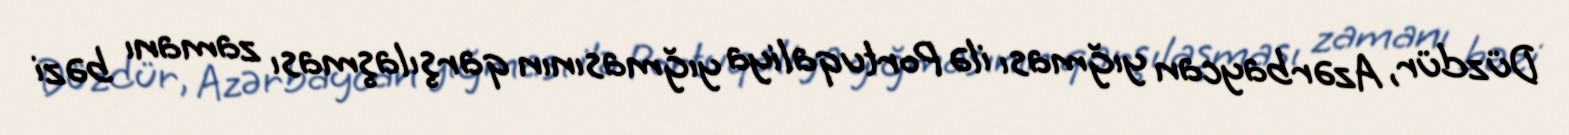
Düzdür, Azərbaycan yığması ilə Portuqaliya yığmasının qarşılaşması zamanı bəzi